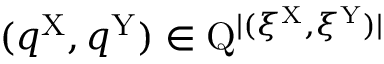
( q ^ { \mathrm { X } } , q ^ { \mathrm { Y } } ) \in \mathrm { Q } ^ { | ( \xi ^ { \mathrm { X } } , \xi ^ { \mathrm { Y } } ) | }